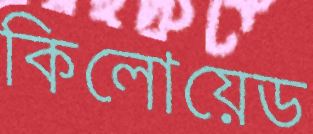
কিলোয়েড